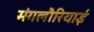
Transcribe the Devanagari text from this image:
मंगलौरियाई